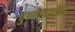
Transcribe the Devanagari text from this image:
पुण्यानजीक